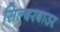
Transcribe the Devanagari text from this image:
सिल्बरबाउर